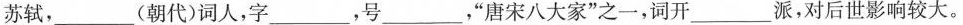
苏轼，___(朝代>词人，字___，号___，”唐宋八大家”之一，词开___派，对后世影响较大。